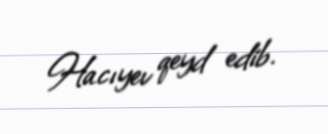
Hacıyev qeyd edib.